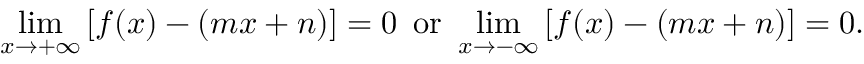
\operatorname* { l i m } _ { x \to + \infty } \left[ f ( x ) - ( m x + n ) \right] = 0 \, { \mathrm { ~ o r ~ } } \operatorname* { l i m } _ { x \to - \infty } \left[ f ( x ) - ( m x + n ) \right] = 0 .